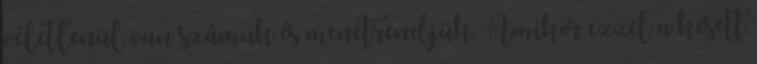
véletlenül van számuk és menetrendjük. Amikor ezzel a késett